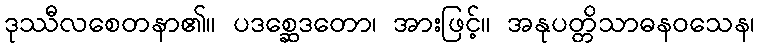
ဒုဿီလစေတနာ၏။ ပဒစ္ဆေဒတော၊ အားဖြင့်။ အနုပတ္တိသာဓနဝသေန၊